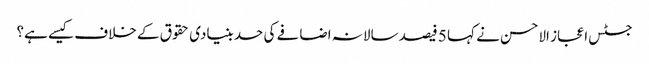
جسٹس اعجاز الاحسن نے کہا 5 فیصد سالانہ اضافے کی حد بنیادی حقوق کے خلاف کیسے ہے؟